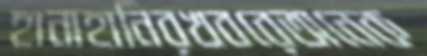
হানাহানিরখবরেঅনেক